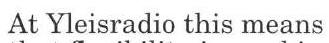
At Yleisradio this means